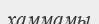
хаммамы